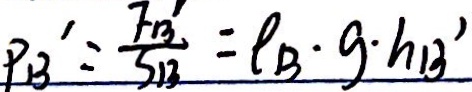
P B ^ { \prime } = \frac { F B ^ { \prime } } { S B } = \rho _ { B } \cdot g \cdot h B ^ { \prime }